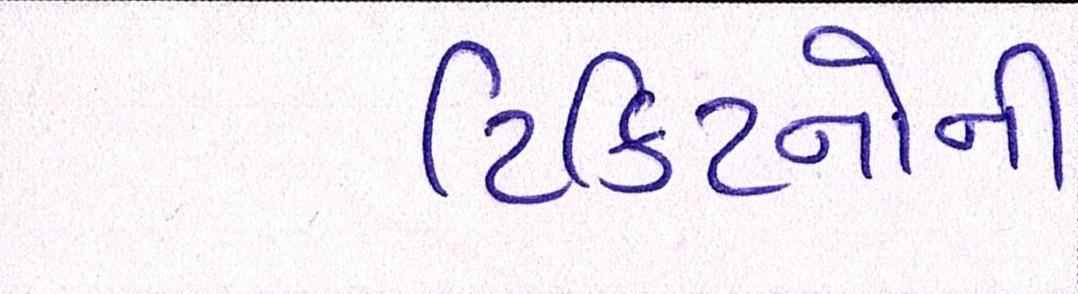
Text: ટિકિટનોની